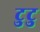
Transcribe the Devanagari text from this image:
टुटु